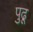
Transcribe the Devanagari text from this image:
पुढू